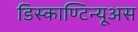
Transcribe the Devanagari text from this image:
डिस्काण्टिन्यूअस